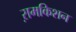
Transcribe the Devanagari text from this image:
ऱामकिशन